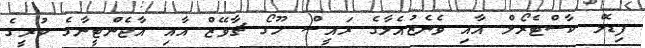
ފިޑެލް ކާސްޓެރޯލް އާއި ވެނެޒުއެލާގެ ރައީސް ހޫގޯ ޗާވޭޒް އާއި އާޖެންޓީނާގެ ކުރީގެ